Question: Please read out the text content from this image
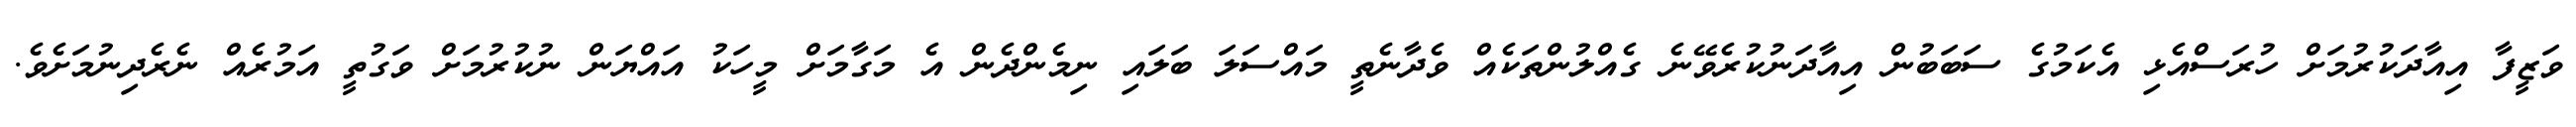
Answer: ވަޒީފާ އިއާދަކުރުމަށް ހުރަސްއެޅި އެކަމުގެ ސަބަބުން އިއާދަނުކުރެވޭނެ ގެއްލުންތަކެއް ވެދާނެތީ މައްސަލަ ބަލައި ނިމެންދެން އެ މަގާމަށް މީހަކު އައްޔަން ނުކުރުމަށް ވަގުތީ އަމުރެއް ނެރެދިނުމަށެވެ.